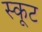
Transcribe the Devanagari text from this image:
स्कूट